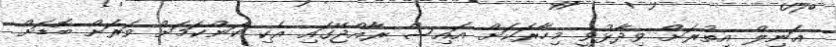
އަނިލް އިތުރަށް ވިދާޅުވީ މިހާރަކަށް އައިސް ރާއްޖޭގައި އެކި ކަންކަމަށް ވަރަށް ބޮޑަށް